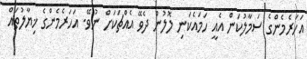
އަހަރެމެންގެ ސަމާލުކަން އެއީ ހަމައެކަނި ލޮލުން ދެވޭ އެއްޗަކަށް ނުވޭ. އަހަރެމެންގެ ޚިޔާލުތައް